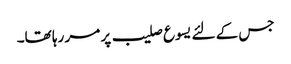
جس کے لئے یسوع صلیب پر مر رہا تھا۔